Scottish Leaving Certificate Examination, 1956
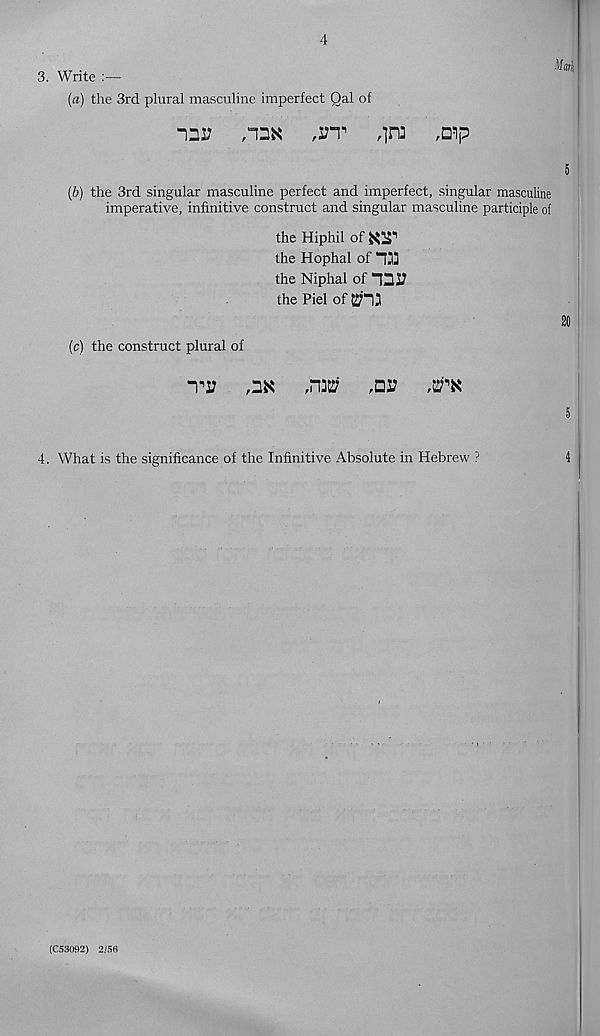
4
3. Write :—
(a) the 3rd plural masculine imperfect Qal of
12V
rVT
,in]
Mark
(b) the 3rd singular masculine perfect and imperfect, singular masculine
imperative, infinitive construct and singular masculine participle of
the Hiphil of KIT
the Hophal of 133
the Niphal of 13J7
the Piel of $13
(c) the construct plural of
ti:
r 2K
,n3ttf
4. What is the significance of the Infinitive Absolute in Hebrew ?
(C53092) 2/56